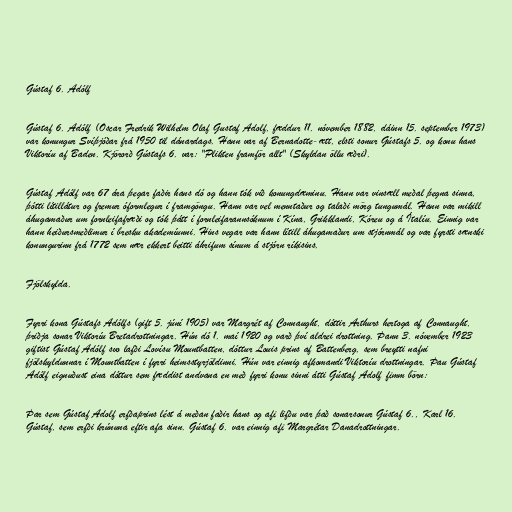
Gústaf 6. Adólf

Gústaf 6. Adólf (Oscar Fredrik Wilhelm Olaf Gustaf Adolf, fæddur 11. nóvember 1882, dáinn 15. september 1973)
var konungur Svíþjóðar frá 1950 til dánardags. Hann var af Bernadotte-ætt, elsti sonur Gústafs 5. og konu hans
Viktoríu af Baden. Kjörorð Gústafs 6. var: "Plikten framför allt" (Skyldan öllu æðri).

Gústaf Adólf var 67 ára þegar faðir hans dó og hann tók við konungdæminu. Hann var vinsæll meðal þegna sinna,
þótti lítillátur og fremur óformlegur í framgöngu. Hann var vel menntaður og talaði mörg tungumál. Hann var mikill
áhugamaður um fornleifafræði og tók þátt í fornleifarannsóknum í Kína, Grikklandi, Kóreu og á Ítalíu. Einnig var
hann heiðursmeðlimur í bresku akademíunni. Hins vegar var hann lítill áhugamaður um stjórnmál og var fyrsti sænski
konungurinn frá 1772 sem nær ekkert beitti áhrifum sínum á stjórn ríkisins.

Fjölskylda.

Fyrri kona Gústafs Adólfs (gift 5. júní 1905) var Margrét af Connaught, dóttir Arthurs hertoga af Connaught,
þriðja sonar Viktoríu Bretadrottningar. Hún dó 1. maí 1920 og varð því aldrei drottning. Þann 3. nóvember 1923
giftist Gústaf Adólf svo lafði Lovísu Mountbatten, dóttur Louis prins af Battenberg, sem breytti nafni
fjölskyldunnar í Mountbatten í fyrri heimsstyrjöldinni. Hún var einnig afkomandi Viktoríu drottningar. Þau Gústaf
Adólf eignuðust eina dóttur sem fæddist andvana en með fyrri konu sinni átti Gústaf Adolf fimm börn:

Þar sem Gústaf Adolf erfðaprins lést á meðan faðir hans og afi lifðu var það sonarsonur Gústaf 6., Karl 16.
Gústaf, sem erfði krúnuna eftir afa sinn. Gústaf 6. var einnig afi Margrétar Danadrottningar.